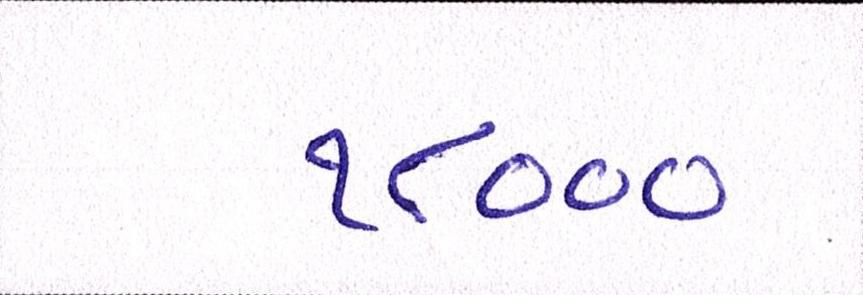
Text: ૧૮૦૦૦